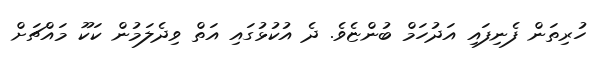
ހުރިތަން ފެނިފައި އަދުހަމް ބުންޏެވެ. ދެ އުކުޅުގައި އަތް ވިދެލަމުން ކަކޫ މައްޗަށް